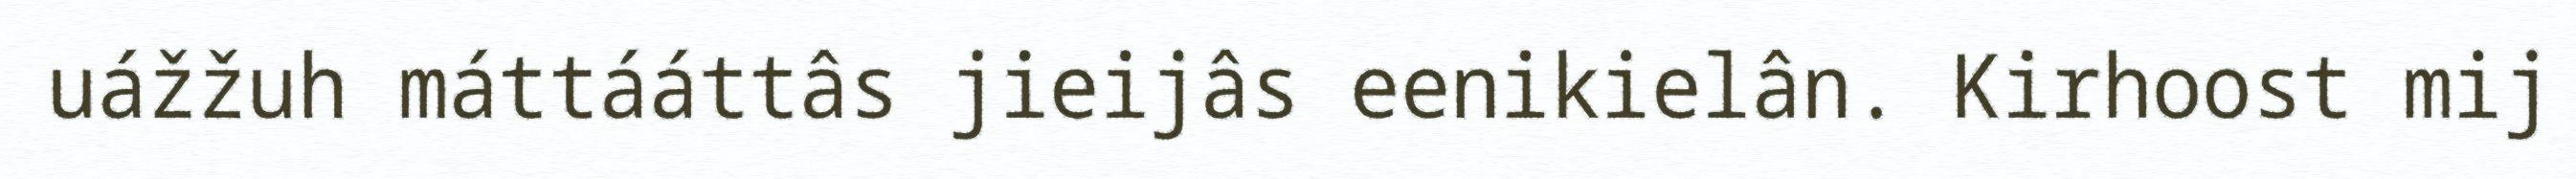
uážžuh máttááttâs jieijâs eenikielân. Kirhoost mij